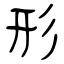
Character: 形